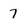
Character: 7